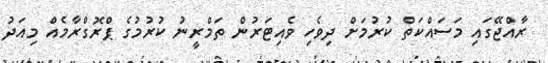
ރާއްޖޭގައި މަސައްކަތް ކުރުމަށް ދިވެހި ވެއިޓަރުން ތަމްރީނު ކުރުމުގެ ޕްރޮގްރާމެއް މިއަދު